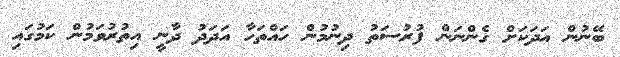
ބޭނުން އަދަކަށް ގެންނަން ފުރުސަތު ދިނުމުން ހައްތަހާ އަދަދު ދާނީ އިތުރުވަމުން ކަމުގައި